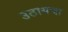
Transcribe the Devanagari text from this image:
उठायचा